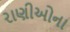
રાણીઓના